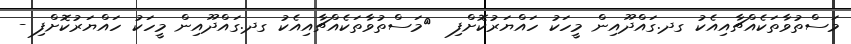
މަސްތުވާތަކެއްޗާއިއެކު ގދ.ގައްދޫއިން މީހަކު ހައްޔަރުކޮށްފި  	މަސްތުވާތަކެއްޗާއިއެކު ގދ.ގައްދޫއިން މީހަކު ހައްޔަރުކޮށްފި -